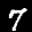
Label: 7